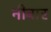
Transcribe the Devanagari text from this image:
नीबार